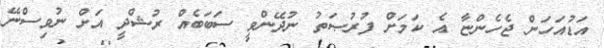
އަޑުއަހަން ޖެހެންޏާ އެ ކަމަށް ފުރުޞަތު ނުދޭންވީ ސަބަބެއް ރުޝްދީ އަށް ނުވިސްނޭ